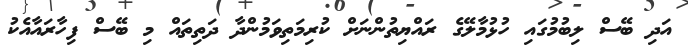
އަދި ބޭސް ލިބުމުގައި ހުޅުމާލޭގެ ރައްޔިތުންނަށް ކުރިމަތިވަމުންދާ ދަތިތައް މި ބޭސް ފިހާރައާއެކު